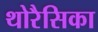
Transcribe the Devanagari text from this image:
थोरैसिका